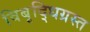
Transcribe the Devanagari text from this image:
विबृद्धिग्रस्त